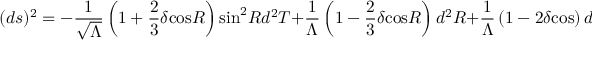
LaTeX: ( d s ) ^ { 2 } = - \frac { 1 } { \sqrt { \Lambda } } \left( 1 + \frac { 2 } { 3 } \delta \mathrm { c o s } R \right) \mathrm { s i n } ^ { 2 } R d ^ { 2 } T + \frac { 1 } { \Lambda } \left( 1 - \frac { 2 } { 3 } \delta \mathrm { c o s } R \right) d ^ { 2 } R + \frac { 1 } { \Lambda } \left( 1 - 2 \delta \mathrm { c o s } \right) d ^ { 2 } \Omega _ { ( 2 ) }